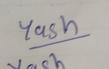
Signature authenticity: genuine